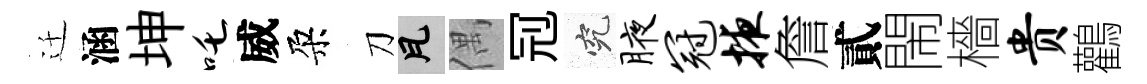
迁涵坤吒威朶刀瓦偶𠜍究腋冠掖詹貳閙檣贵鸛